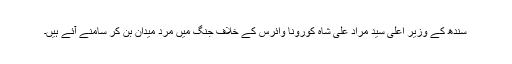
سندھ کے وزیر اعلٰی سید مراد علی شاہ کورونا وائرس کے خلاف جنگ میں مردِ میدان بن کر سامنے آئے ہیں۔